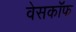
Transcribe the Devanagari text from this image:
वेसकॉफ